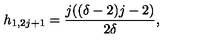
h _ { 1 , 2 j + 1 } = \frac { j ( ( \delta - 2 ) j - 2 ) } { 2 \delta } ,